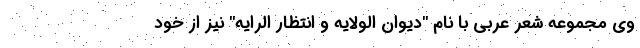
وی مجموعه شعر عربی با نام "دیوان الولایه و انتظار الرایه" نیز از خود